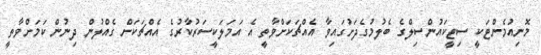
މޮނިއުމެންޓަކީ ސިޓީކައުންސިލްގެ ބެލުމުގެދަށުގައިވާ އެއްޗަކަށްވާތީ އެ އަމަލަކީސަރުކާރުގެ އެއްޗަކަށް ގެއްލުން ދިނުން ކަމަށްވާތީ